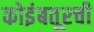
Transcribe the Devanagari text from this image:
कोइंबतूरची